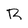
Character: R